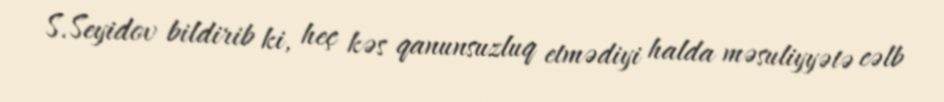
S.Seyidov bildirib ki, heç kəs qanunsuzluq etmədiyi halda məsuliyyətə cəlb